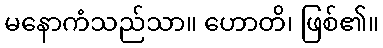
မနောကံသည်သာ။ ဟောတိ၊ ဖြစ်၏။